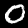
Label: 0